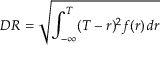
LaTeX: D R = { \sqrt { \int _ { - \infty } ^ { T } ( T - r ) ^ { 2 } f ( r ) \, d r } }